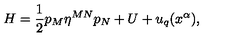
H = \frac { 1 } { 2 } p _ { M } \eta ^ { M N } p _ { N } + U + u _ { q } ( x ^ { \alpha } ) ,